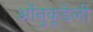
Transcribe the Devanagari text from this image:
ओंनुकूडेली